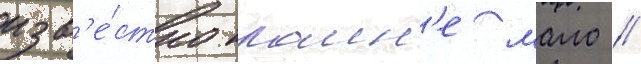
изв'е́стно краин'е мало //